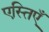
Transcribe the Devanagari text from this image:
एस्तिएँ